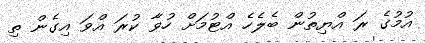
އުމުގެ ރަ އްޔިތުން ބެލެހެ އްޓުމަށް ހުވާ ކުރަ އްވަ އިގެން ތި